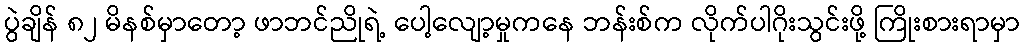
ပွဲချိန် ၈၂ မိနစ်မှာတော့ ဖာဘင်ညိုရဲ့ ပေါ့လျော့မှုကနေ ဘန်းစ်က လိုက်ပါဂိုးသွင်းဖို့ ကြိုးစားရာမှာ